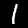
Digit: 1